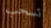
تسحب